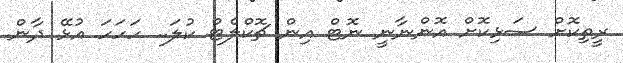
ރީތިކޮށް ސަޅިކޮށް އޮންނާނީ ނޮޓް އިން ޗޮކްލެޓް ކުލަ.. ހަހަހަ އުޅޭ ދާން.